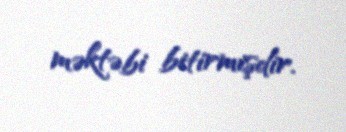
məktəbi bitirmişdir.